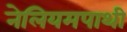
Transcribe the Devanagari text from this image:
नेलियमपाथी